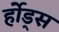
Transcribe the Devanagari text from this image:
र्होड्स